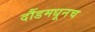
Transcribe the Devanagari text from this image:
दौंडमधूनच